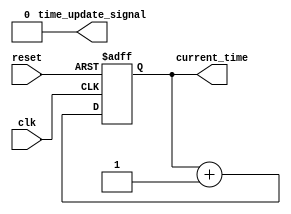
module simulation_time_manager #(parameter START_TIME = 0, parameter TIME_RESOLUTION = 1) (
    input wire clk,                // Clock signal for event-driven updates
    input wire reset,              // Reset signal to initialize the current time
    output reg [31:0] current_time, // Current simulation time
    output reg time_update_signal   // Signal indicating time has been updated
);

    // Check validity of parameters
    initial begin
        if (START_TIME < 0) begin
            $error("Error: START_TIME cannot be negative.");
            $finish;
        end
        if (TIME_RESOLUTION <= 0) begin
            $error("Error: TIME_RESOLUTION must be greater than zero.");
            $finish;
        end
    end

    // Initialization of current time
    initial begin
        current_time = START_TIME;
        time_update_signal = 0;
    end

    // Always block to manage time updates
    always @(posedge clk or posedge reset) begin
        if (reset) begin
            current_time <= START_TIME;
            time_update_signal <= 0;
        end else begin
            current_time <= current_time + TIME_RESOLUTION; // Increment current time
            time_update_signal <= 1; // Indicate time update
            #1; // Hold the time update signal for one simulation time unit
            time_update_signal <= 0; // Reset the time update signal
        end
    end

endmodule